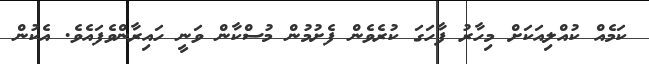
ކަމެއް ކުއްލިއަކަށް މިހާރު ފާހަގަ ކުރެވެން ފެށުމުން މުސްކާން ވަނީ ހައިރާންވެފައެވެ. އެކުން